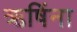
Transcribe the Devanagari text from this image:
ऋषिंना